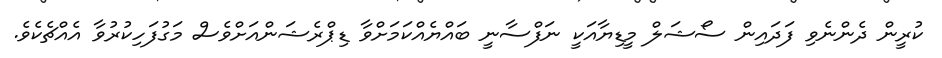
ކުރީން ދެންނެވި ފަދައިން ސޯޝަލް މީޑިޔާއަކީ ނަފްސާނީ ބައްޔެއްކަމަށްވާ ޑިޕްރެޝަންއަށްވެސް މަގުފަހިކުރުވާ އެއްޗެކެވެ.